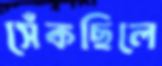
সেঁকছিলে